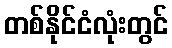
တစ်နိုင်ငံလုံးတွင်